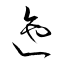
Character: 迤